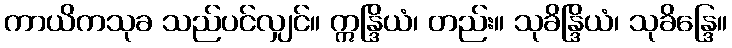
ကာယိကသုခ သည်ပင်လျှင်။ ဣန္ဒြိယံ၊ တည်း။ သုခိန္ဒြိယံ၊ သုခိန္ဒြေ။